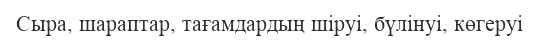
Сыра, шараптар, тағамдардың шіруі, бүлінуі, көгеруі